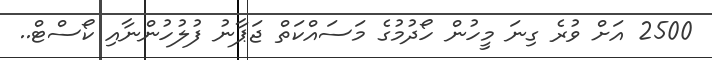
2500 އަށް ވުރެ ގިނަ މީހުން ހޯދުމުގެ މަސައްކަތް ޖަޕާނު ފުލުހުންނާއި ކޯސްޓް..